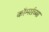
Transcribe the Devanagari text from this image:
कॉमर्सच्या